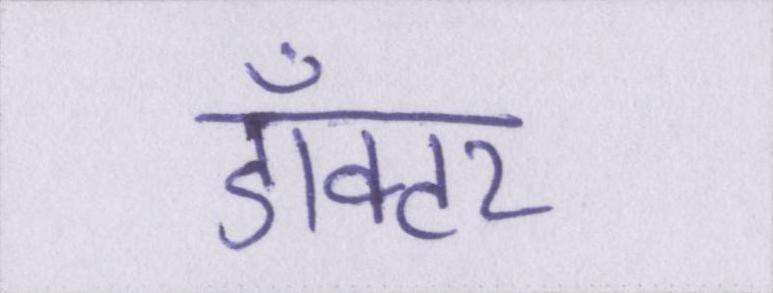
डॉक्टर